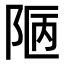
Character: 𨹟